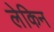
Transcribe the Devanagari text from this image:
लेकिन